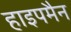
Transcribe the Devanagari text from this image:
हाइपमैन